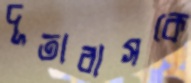
দূতাবাসকে